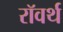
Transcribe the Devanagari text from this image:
रॉवर्थ